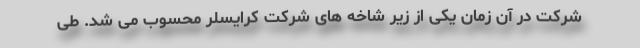
شرکت در آن زمان یکی از زیر شاخه های شرکت کرایسلر محسوب می شد. طی